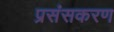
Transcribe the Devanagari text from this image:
प्रसंसकरण